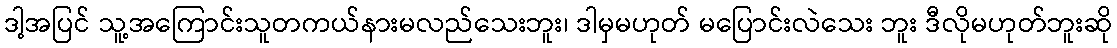
ဒါ့အပြင် သူ့အကြောင်းသူတကယ်နားမလည်သေးဘူး၊ ဒါမှမဟုတ် မပြောင်းလဲသေး ဘူး ဒီလိုမဟုတ်ဘူးဆို